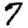
Digit: 7